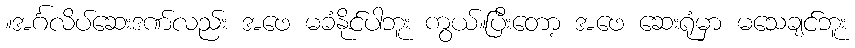
။အင်္ဂလိပ်ဆေးဒဏ်လည်း အဖေ မခံနိုင်ပါဘူး ကွယ်။ပြီးတော့ အဖေ ဆေးရုံမှာ မသေချင်ဘူး